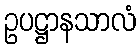
ဥပဋ္ဌာနသာလံ